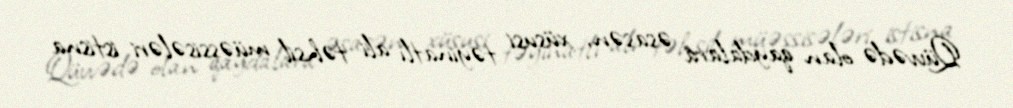
Qüvvədə olan qaydalara əsasən, xüsusi təyinatlı ali təhsil müəssisələri istisna